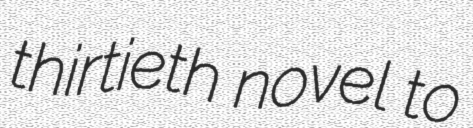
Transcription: thirtieth novel to